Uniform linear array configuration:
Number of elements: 64
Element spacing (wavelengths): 0.75
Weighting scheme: blackman
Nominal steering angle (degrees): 60
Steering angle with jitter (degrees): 60.94
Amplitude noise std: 0.05
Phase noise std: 0.05

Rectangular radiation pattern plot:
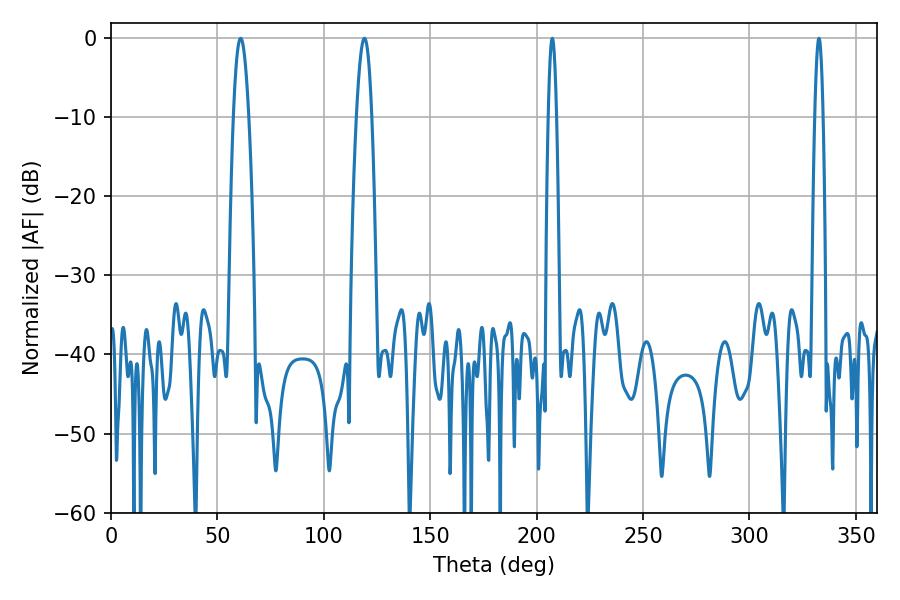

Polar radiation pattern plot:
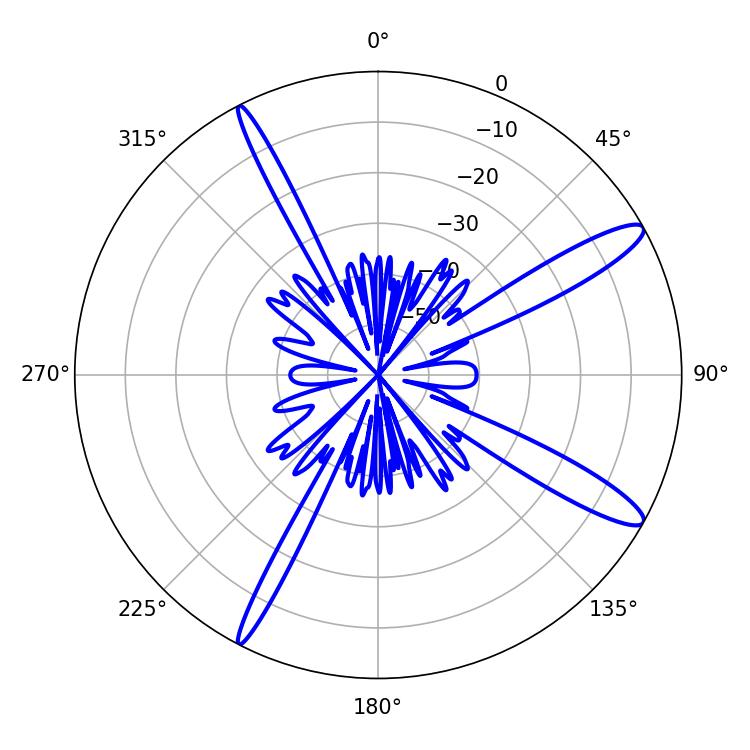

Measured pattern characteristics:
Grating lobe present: TRUE
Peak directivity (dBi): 13.286
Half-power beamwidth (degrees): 2.16
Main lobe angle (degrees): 207.36